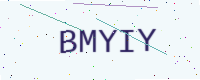
Text: BMYIY